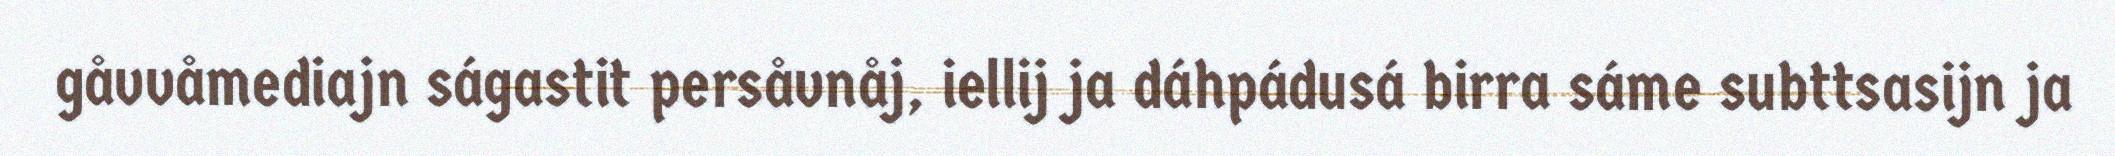
gåvvåmediajn ságastit persåvnåj, iellij ja dáhpádusá birra sáme subttsasijn ja